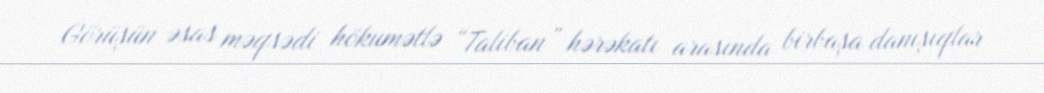
Görüşün əsas məqsədi hökumətlə “Taliban” hərəkatı arasında birbaşa danışıqlar